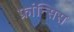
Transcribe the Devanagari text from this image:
फ्रांन्सिस